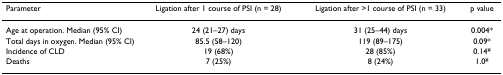
<table><thead><tr><td><b>Parameter</b></td><td><b>Ligation after 1 course of PSI (n = 28)</b></td><td><b>Ligation after &gt;1 course of PSI (n = 33)</b></td><td><b>p value</b></td></tr></thead><tbody><tr><td>Age at operation. Median (95% CI)</td><td>24 (21–27) days</td><td>31 (25–44) days</td><td>0.004*</td></tr><tr><td>Total days in oxygen. Median (95% CI)</td><td>85.5 (58–120)</td><td>119 (89–175)</td><td>0.09*</td></tr><tr><td>Incidence of CLD</td><td>19 (68%)</td><td>28 (85%)</td><td>0.14<sup>¥</sup></td></tr><tr><td>Deaths</td><td>7 (25%)</td><td>8 (24%)</td><td>1.0<sup>¥</sup></td></tr></tbody></table>